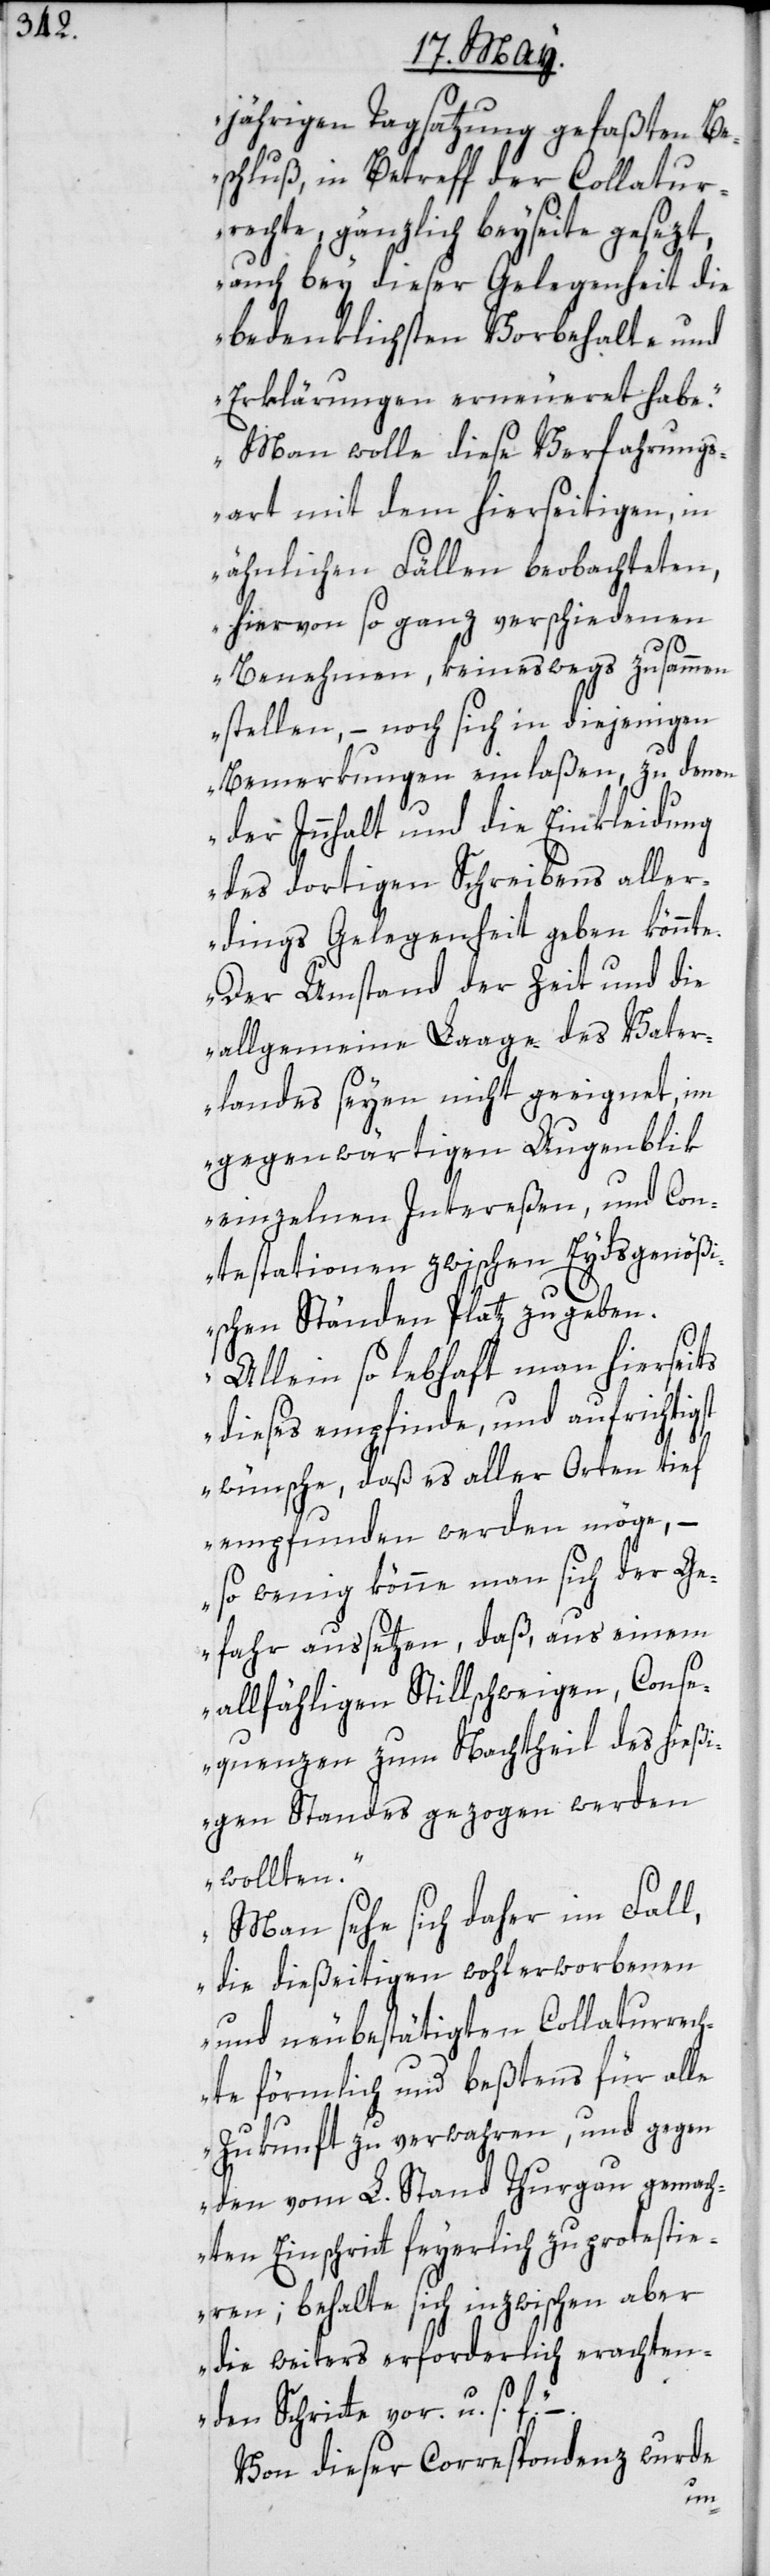
jährigen Tagsatzung gefaßten Be¬
schluß, in Betreff der Collatur¬
rechte, gänzlich beyseite gesezt,
auch bey dieser Gelegenheit die
bedenklichsten Vorbehalte und
Erklärungen erneueret habe.
Man wolle diese Verfahrung¬
s-Art mit dem hierseitigen, in
ähnlichen Fällen beobachteten,
hiervon so ganz verschiedenen
Benehmen, keineswegs zusammen
stellen, – noch sich in diejenigen
Bemerkungen einlaßen, zu denen
der Innhalt und die Einkleidung
des dortigen Schreibens aller¬
dings Gelegenheit geben könnte.
Der Umstand der Zeit und die
allgemeine Laage des Vater¬
landes seyen nicht geeignet, im
gegenwärtigen Augenblik
einzelnen Intereßen, und Con¬
testationen zwischen Eydsgenöß¬
ischen Ständen Platz zu geben.
Allein so lebhaft man hierseits
dieses empfinde, und aufrichtig¬
st wünsche, daß es aller Orten tief
empfunden werden möge, –
so wenig könne man sich der Ge¬
fahr aussetzen, daß, aus einem
allfähligen Stillschweigen, Conse¬
quenzen zum Nachtheil des hießi¬
gen Standes gezogen werden
wollten.
Man sehe sich daher im Fall,
die dießeitigen wohlerworbenen
und neubestätigten Collaturrech¬
te förmlich und beßtens für alle
Zukunft zu verwahren, und gegen
den vom L. Stand Thurgau gemach¬
ten Einschritt feyerlich zu protesti¬
eren; behalte sich inzwischen aber
die weiters erforderlich erachten¬
den Schritte vor. u. s. f.“
Von dieser Correspondenz wurde